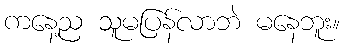
ကနေ့ည သူမပြန်လာဘဲ မနေဘူး။